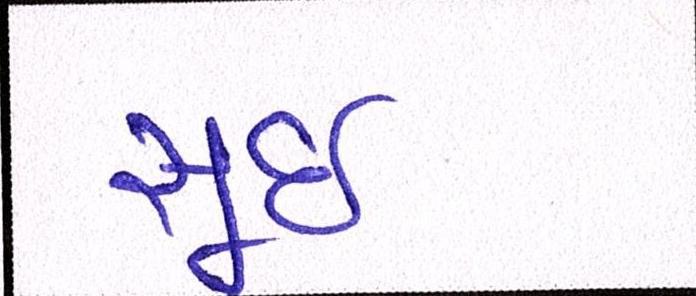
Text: સૂઈ